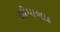
લીધાબાદ